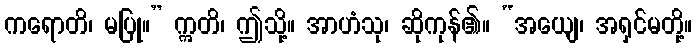
ကရောတိ၊ မပြု။” ဣတိ၊ ဤသို့။ အာဟံသု၊ ဆိုကုန်၏။ “အယျေ၊ အရှင်မတို့။